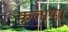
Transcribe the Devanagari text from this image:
फलाया।